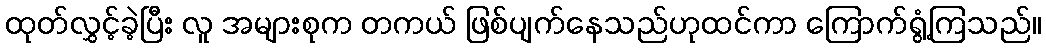
ထုတ်လွှင့်ခဲ့ပြီး လူ အများစုက တကယ် ဖြစ်ပျက်နေသည်ဟုထင်ကာ ကြောက်ရွံ့ကြသည်။